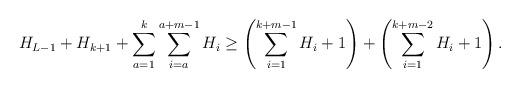
LaTeX: \begin{align*}H_{L-1}+H_{k+1}+\sum_{a=1}^{k}\sum_{i=a}^{a+m-1}H_{i} \geq \left( \sum_{i=1}^{k+m-1}H_{i}+1 \right) + \left( \sum_{i=1}^{k+m-2}H_{i}+1 \right).\end{align*}